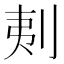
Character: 𠜁